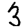
Digit: 3